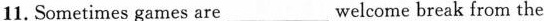
11.Sometimes games are ___ welcome break from the